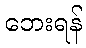
ဘေးရန်